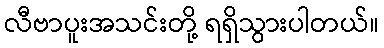
လီဗာပူးအသင်းတို့ ရရှိသွားပါတယ်။